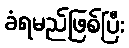
ခံရမည်ဖြစ်ပြီး